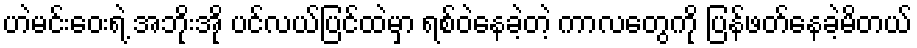
ဟဲမင်းဝေးရဲ့ အဘိုးအို ပင်လယ်ပြင်ထဲမှာ ရစ်ဝဲနေခဲ့တဲ့ ကာလတွေကို ပြန်ဖတ်နေခဲ့မိတယ်